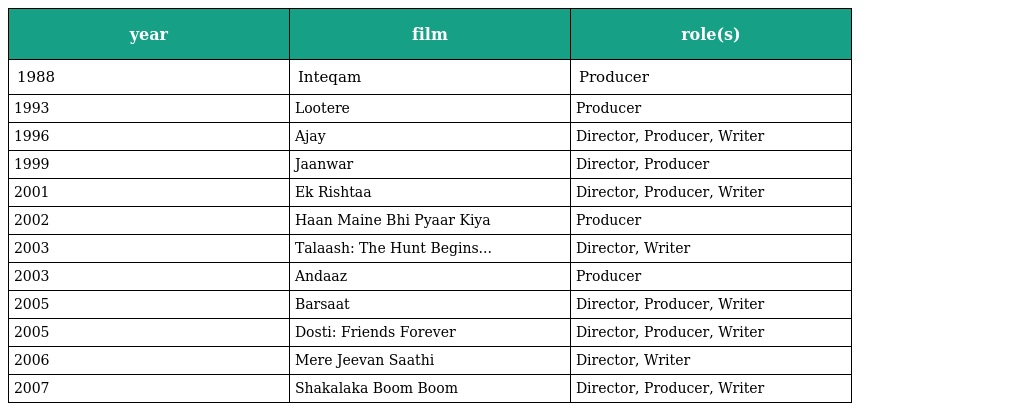
| year | film | role(s) |
 | --- | --- | --- |
 | 1988 | Inteqam | Producer |
 | 1993 | Lootere | Producer |
 | 1996 | Ajay | Director, Producer, Writer |
 | 1999 | Jaanwar | Director, Producer |
 | 2001 | Ek Rishtaa | Director, Producer, Writer |
 | 2002 | Haan Maine Bhi Pyaar Kiya | Producer |
 | 2003 | Talaash: The Hunt Begins... | Director, Writer |
 | 2003 | Andaaz | Producer |
 | 2005 | Barsaat | Director, Producer, Writer |
 | 2005 | Dosti: Friends Forever | Director, Producer, Writer |
 | 2006 | Mere Jeevan Saathi | Director, Writer |
 | 2007 | Shakalaka Boom Boom | Director, Producer, Writer |